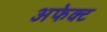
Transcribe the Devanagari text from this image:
अफेक्ट